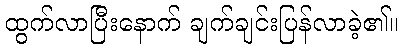
ထွက်လာပြီးနောက် ချက်ချင်းပြန်လာခဲ့၏။